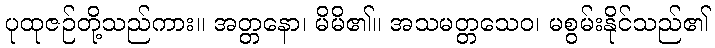
ပုထုဇဉ်တို့သည်ကား။ အတ္တနော၊ မိမိ၏။ အသမတ္တသေဝ၊ မစွမ်းနိုင်သည်၏